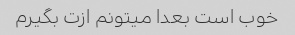
خوب است بعدا میتونم ازت بگیرم